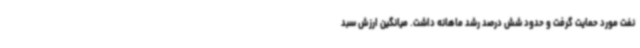
نفت مورد حمایت گرفت و حدود شش درصد رشد ماهانه داشت. میانگین ارزش سبد